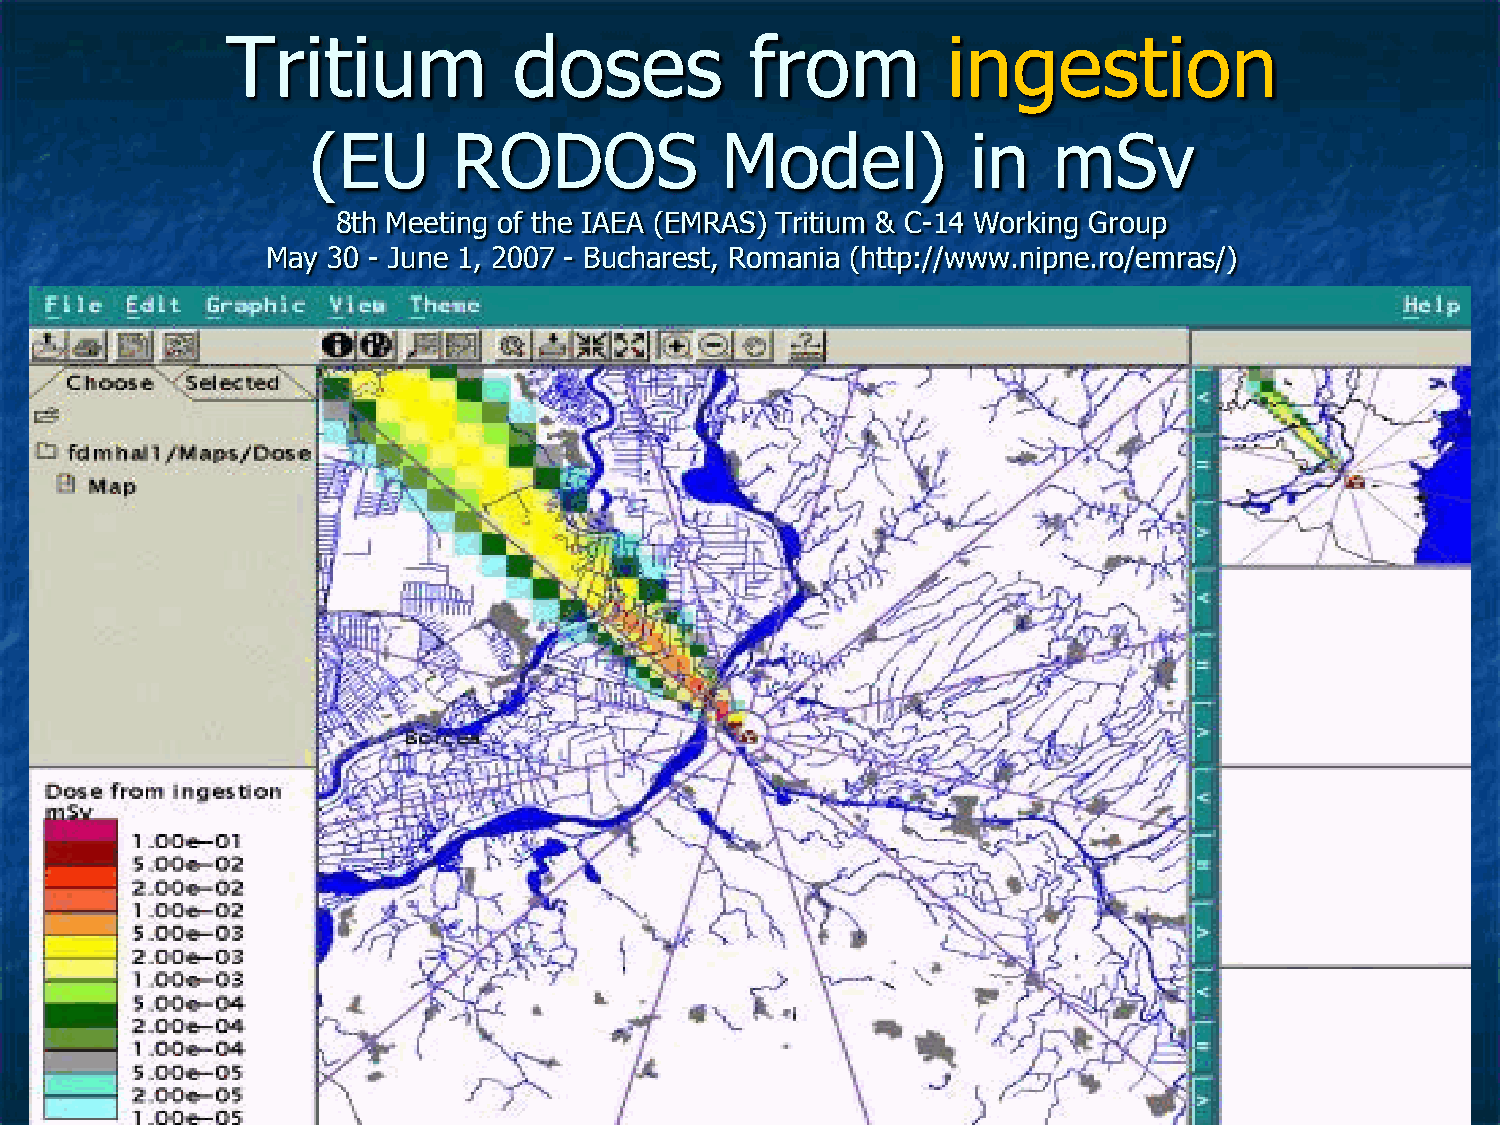
Tritium            doses           from         ingestion
 (EU       RODOS             Model)          in    mSv
 8th Meeting of the IAEA (EMRAS) Tritium & C-14 Working Group
 May 30 - June 1, 2007 - Bucharest, Romania (http://www.nipne.ro/emras/)